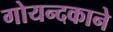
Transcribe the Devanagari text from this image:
गोयन्‍दकाने